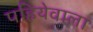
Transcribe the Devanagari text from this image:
पहियेवाला